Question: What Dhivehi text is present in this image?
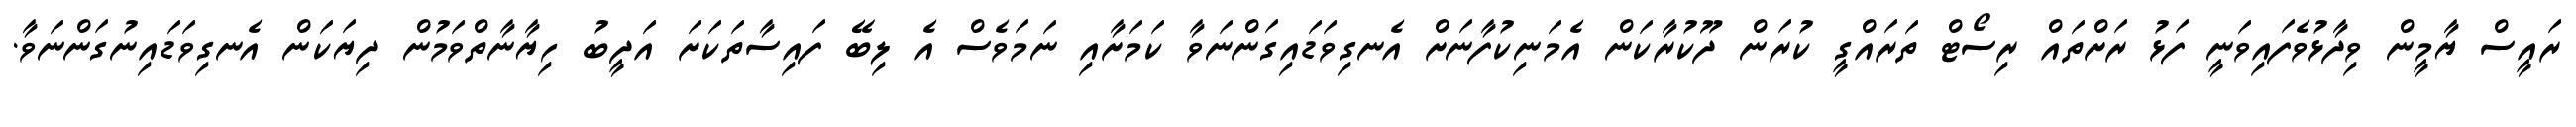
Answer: ރައީސް ޔާމީން ވިދާޅުވެފައިވަނީ ފަޅު ރަށްތައް ރިސޯޓް ތަރައްގީ ކުރަން ދޫކުރާކަން އެމަނިކުފާނަށް އެނގިވަޑައިގަންނަވާ ކަމަށާއި ނަމަވެސް އެ ލިބޭ ފައިސާތަކަށަ އަދީބު ހިޔާނާތްވަމުން ދިޔަކަން އެނގިވަޑައިނުގަންނަވާ.